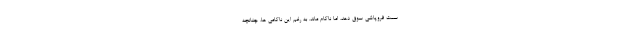
سمت فروپاشی سوق دهد، اما ناکام ماند. به رغم این ناکامی ها، چنانچه